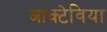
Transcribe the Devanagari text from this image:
आक्टेविया